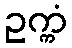
ဥက္ကံ